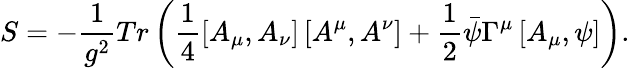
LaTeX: S=-\frac{1}{g^{2}}Tr\left(\frac{1}{4}\left[A_{\mu},A_{\nu}\right]\left[A^{\mu},A^{\nu}\right]+\frac{1}{2}\bar{\psi}\Gamma^{\mu}\left[A_{\mu},\psi\right]\right).